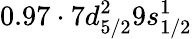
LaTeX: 0.97\cdot 7d_{5/2}^{2}9s_{1/2}^{1}